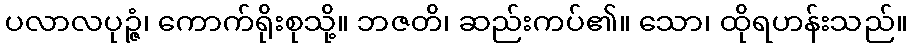
ပလာလပုဉ္ဇံ၊ ကောက်ရိုးစုသို့။ ဘဇတိ၊ ဆည်းကပ်၏။ သော၊ ထိုရဟန်းသည်။